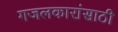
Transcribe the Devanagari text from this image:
गजलकारांसाठी